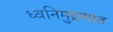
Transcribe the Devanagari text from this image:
ध्वनिमुद्रणात